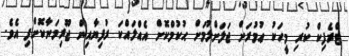
ޓްރެފިކް ކުރި މީހަކު ޢުމުރަށް ޖަލަށްލުމަށް ޙުކުމްކޮށް އެއްލައްކަ ރުފިޔާއިން ޖޫރިމަނާކޮށްފި އެވެ.